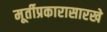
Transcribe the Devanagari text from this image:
मूर्तीप्रकारासारखे